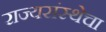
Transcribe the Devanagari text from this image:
राज्यसंस्थेचा